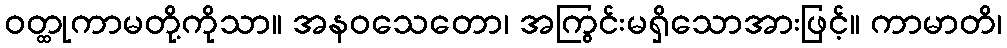
ဝတ္ထုကာမတို့ကိုသာ။ အနဝသေတော၊ အကြွင်းမရှိသောအားဖြင့်။ ကာမာတိ၊